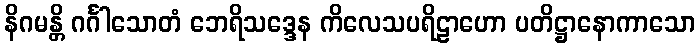
နိဂမန္တိ ဂင်္ဂါသောတံ ဘေရိသဒ္ဒေန ကိလေသပရိဠာဟော ပတိဋ္ဌာနောကာသော